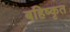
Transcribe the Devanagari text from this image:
बहिष्‍कृत